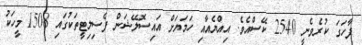
ފާހަގަ ކުރެވެނީ 2540 ކޭސްއެވެ. އިއްޔެއާއި ހަމަޔަށް އައިސޮލޭޝަން ފެސިލިޓީތަކުގައި 1508 މީހަކު